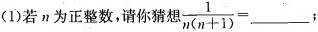
(1)若n为正整数，请你猜想 $$\frac{1}{n(n+1)}=___$$;